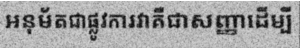
អនុម័តជាផ្លូវការវាគឺជាសញ្ញាដើម្បី